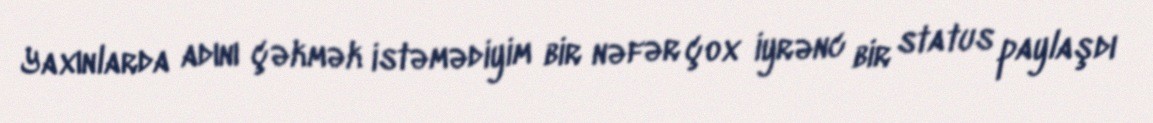
Yaxınlarda adını çəkmək istəmədiyim bir nəfər çox iyrənc bir status paylaşdı